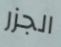
الجزر